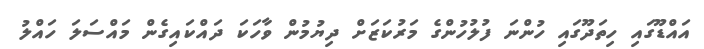
އައްޑޫގައި ހިތަދޫގައި ހުންނަ ފުލުހުންގެ މަރުކަޒަށް ދިޔުމުން ވާހަކަ ދައްކައިގެން މައްސަލަ ހައްލު